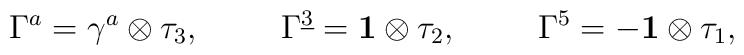
\Gamma^a=\gamma^a\otimes{\tau_3}, \hspace{1cm} \Gamma^{\underline{3}}={\bf 1}\otimes{\tau_2}, \hspace{1cm} \Gamma^5=-{\bf 1}\otimes{\tau_1},